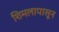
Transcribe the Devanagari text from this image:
शिमलापासून